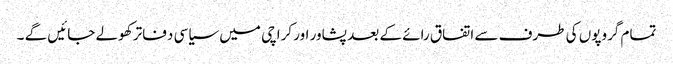
تمام گروپوں کی طرف سے اتفاق رائے کے بعد پشاور اور کراچی میں سیاسی دفاتر کھولے جائیں گے ۔